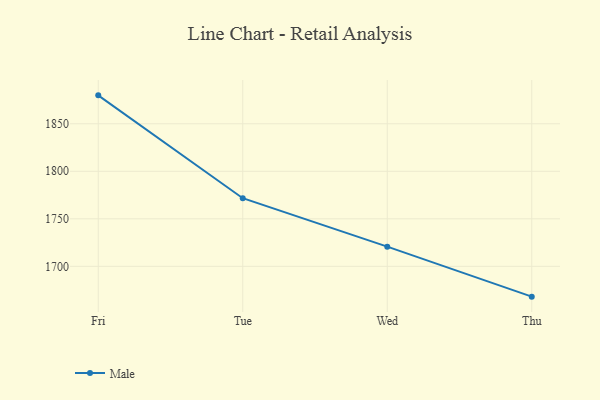
{"axis": {"x": "Day", "y": "Headcount"}, "legend": ["Male"], "data": [{"x": "Fri", "y": 1879.9, "type": "Male"}, {"x": "Tue", "y": 1771.7, "type": "Male"}, {"x": "Wed", "y": 1720.7, "type": "Male"}, {"x": "Thu", "y": 1668.1, "type": "Male"}]}